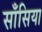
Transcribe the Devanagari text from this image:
साँसिया